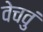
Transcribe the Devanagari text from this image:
वेचवुं